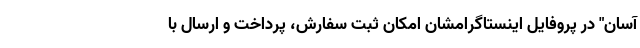
آسان" در پروفایل اینستاگرامشان امکان ثبت سفارش، پرداخت و ارسال با